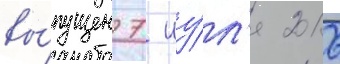
вы́пущен 7 иу́л'я 2016